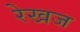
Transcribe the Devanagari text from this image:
रेखज